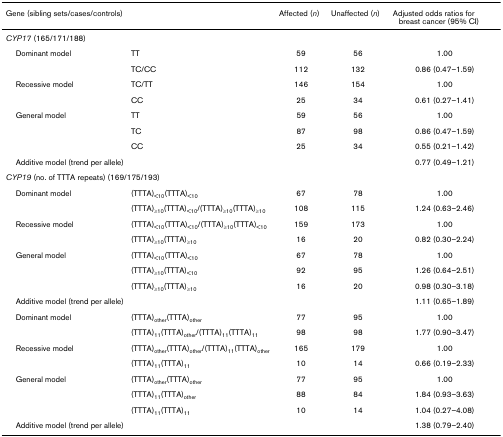
<table><thead><tr><td><b>Gene (sibling sets/cases/controls)</b></td><td></td><td><b>Affected (<i>n</i>)</b></td><td><b>Unaffected (<i>n</i>)</b></td><td><b>Adjusted odds ratios for breast cancer (95% CI)</b></td></tr></thead><tbody><tr><td><i>CYP17 </i>(165/171/188)</td><td></td><td></td><td></td><td></td></tr><tr><td> Dominant model</td><td>TT</td><td>59</td><td>56</td><td>1.00</td></tr><tr><td></td><td>TC/CC</td><td>112</td><td>132</td><td>0.86 (0.47–1.59)</td></tr><tr><td> Recessive model</td><td>TC/TT</td><td>146</td><td>154</td><td>1.00</td></tr><tr><td></td><td>CC</td><td>25</td><td>34</td><td>0.61 (0.27–1.41)</td></tr><tr><td> General model</td><td>TT</td><td>59</td><td>56</td><td>1.00</td></tr><tr><td></td><td>TC</td><td>87</td><td>98</td><td>0.86 (0.47–1.59)</td></tr><tr><td></td><td>CC</td><td>25</td><td>34</td><td>0.55 (0.21–1.42)</td></tr><tr><td colspan="4"> Additive model (trend per allele)</td><td>0.77 (0.49–1.21)</td></tr><tr><td colspan="5"><i>CYP19 </i>(no. of TTTA repeats) (169/175/193)</td></tr><tr><td> Dominant model</td><td>(TTTA)<sub>&lt;10</sub>(TTTA)<sub>&lt;10</sub></td><td>67</td><td>78</td><td>1.00</td></tr><tr><td></td><td>(TTTA)<sub>≥10</sub>(TTTA)<sub>&lt;10</sub>/(TTTA)<sub>≥10</sub>(TTTA)<sub>≥10</sub></td><td>108</td><td>115</td><td>1.24 (0.63–2.46)</td></tr><tr><td> Recessive model</td><td>(TTTA)<sub>&lt;10</sub>(TTTA)<sub>&lt;10</sub>/(TTTA)<sub>≥10</sub>(TTTA)<sub>&lt;10</sub></td><td>159</td><td>173</td><td>1.00</td></tr><tr><td></td><td>(TTTA)<sub>≥10</sub>(TTTA)<sub>≥10</sub></td><td>16</td><td>20</td><td>0.82 (0.30–2.24)</td></tr><tr><td> General model</td><td>(TTTA)<sub>&lt;10</sub>(TTTA)<sub>&lt;10</sub></td><td>67</td><td>78</td><td>1.00</td></tr><tr><td></td><td>(TTTA)<sub>≥10</sub>(TTTA)<sub>&lt;10</sub></td><td>92</td><td>95</td><td>1.26 (0.64–2.51)</td></tr><tr><td></td><td>(TTTA)<sub>≥10</sub>(TTTA)<sub>≥10</sub></td><td>16</td><td>20</td><td>0.98 (0.30–3.18)</td></tr><tr><td colspan="4"> Additive model (trend per allele)</td><td>1.11 (0.65–1.89)</td></tr><tr><td> Dominant model</td><td>(TTTA)<sub>other</sub>(TTTA)<sub>other</sub></td><td>77</td><td>95</td><td>1.00</td></tr><tr><td></td><td>(TTTA)<sub>11</sub>(TTTA)<sub>other</sub>/(TTTA)<sub>11</sub>(TTTA)<sub>11</sub></td><td>98</td><td>98</td><td>1.77 (0.90–3.47)</td></tr><tr><td> Recessive model</td><td>(TTTA)<sub>other</sub>(TTTA)<sub>other</sub>/(TTTA)<sub>11</sub>(TTTA)<sub>other</sub></td><td>165</td><td>179</td><td>1.00</td></tr><tr><td></td><td>(TTTA)<sub>11</sub>(TTTA)<sub>11</sub></td><td>10</td><td>14</td><td>0.66 (0.19–2.33)</td></tr><tr><td> General model</td><td>(TTTA)<sub>other</sub>(TTTA)<sub>other</sub></td><td>77</td><td>95</td><td>1.00</td></tr><tr><td></td><td>(TTTA)<sub>11</sub>(TTTA)<sub>other</sub></td><td>88</td><td>84</td><td>1.84 (0.93–3.63)</td></tr><tr><td></td><td>(TTTA)<sub>11</sub>(TTTA)<sub>11</sub></td><td>10</td><td>14</td><td>1.04 (0.27–4.08)</td></tr><tr><td colspan="4"> Additive model (trend per allele)</td><td>1.38 (0.79–2.40)</td></tr></tbody></table>